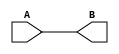
module test(A,B);
input A;
output B;
assign B=A;
endmodule
module Test_tb;
reg A;
wire B;
test T1(A,B);
initial
begin
A=1'b1;
$monitor("Time=%0t A=%b, B=%b", $time,A, B);
#5 A=1'b0;
#5 A=1'b1;
end
endmodule